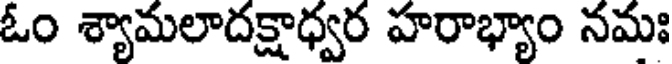
ఓం శ్యామలాదక్షాధ్వర హరాభ్యాం నమః